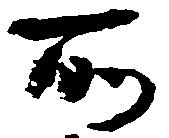
所